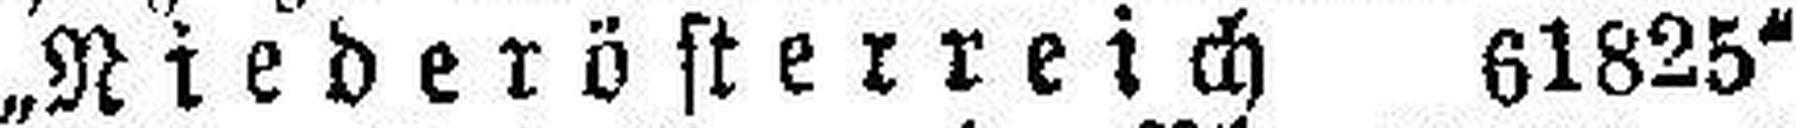
„Niederösterreich 61825"